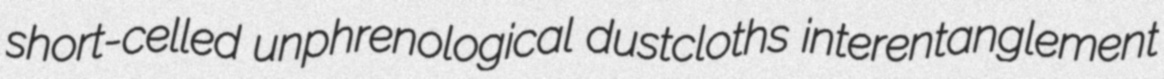
short-celled unphrenological dustcloths interentanglement